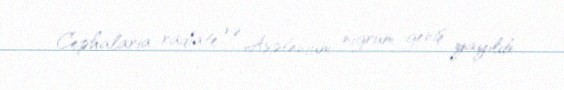
Cephalaria radiate və Asplenium nigrum geniş yayılıb.